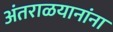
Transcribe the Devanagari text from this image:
अंतराळयानांना